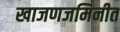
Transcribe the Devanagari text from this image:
खाजणजमिनीत